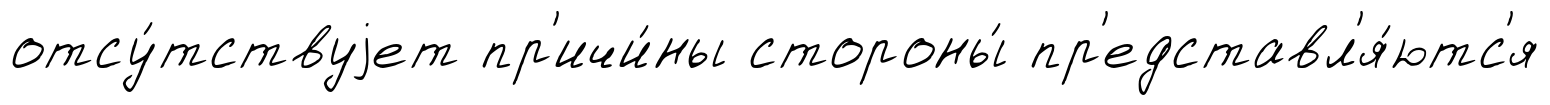
отсу́тствуjет пр'ичи́ны стороны́ пр'едставл'я́ютс'я